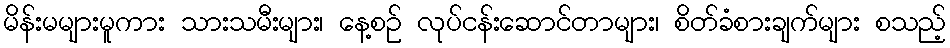
မိန်းမများမူကား သားသမီးများ၊ နေ့စဉ် လုပ်ငန်းဆောင်တာများ၊ စိတ်ခံစားချက်များ စသည့်